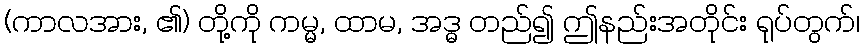
(ကာလအား, ၏) တို့ကို ကမ္မ, ထာမ, အဒ္ဓ တည်၍ ဤနည်းအတိုင်း ရုပ်တွက်၊